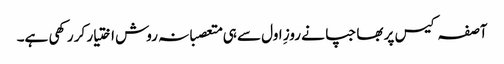
آصفہ کیس پر بھاجپا نے روزِ اول سے ہی متعصبانہ روش اختیار کر رکھی ہے۔